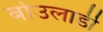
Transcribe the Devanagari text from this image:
बोउलार्डी